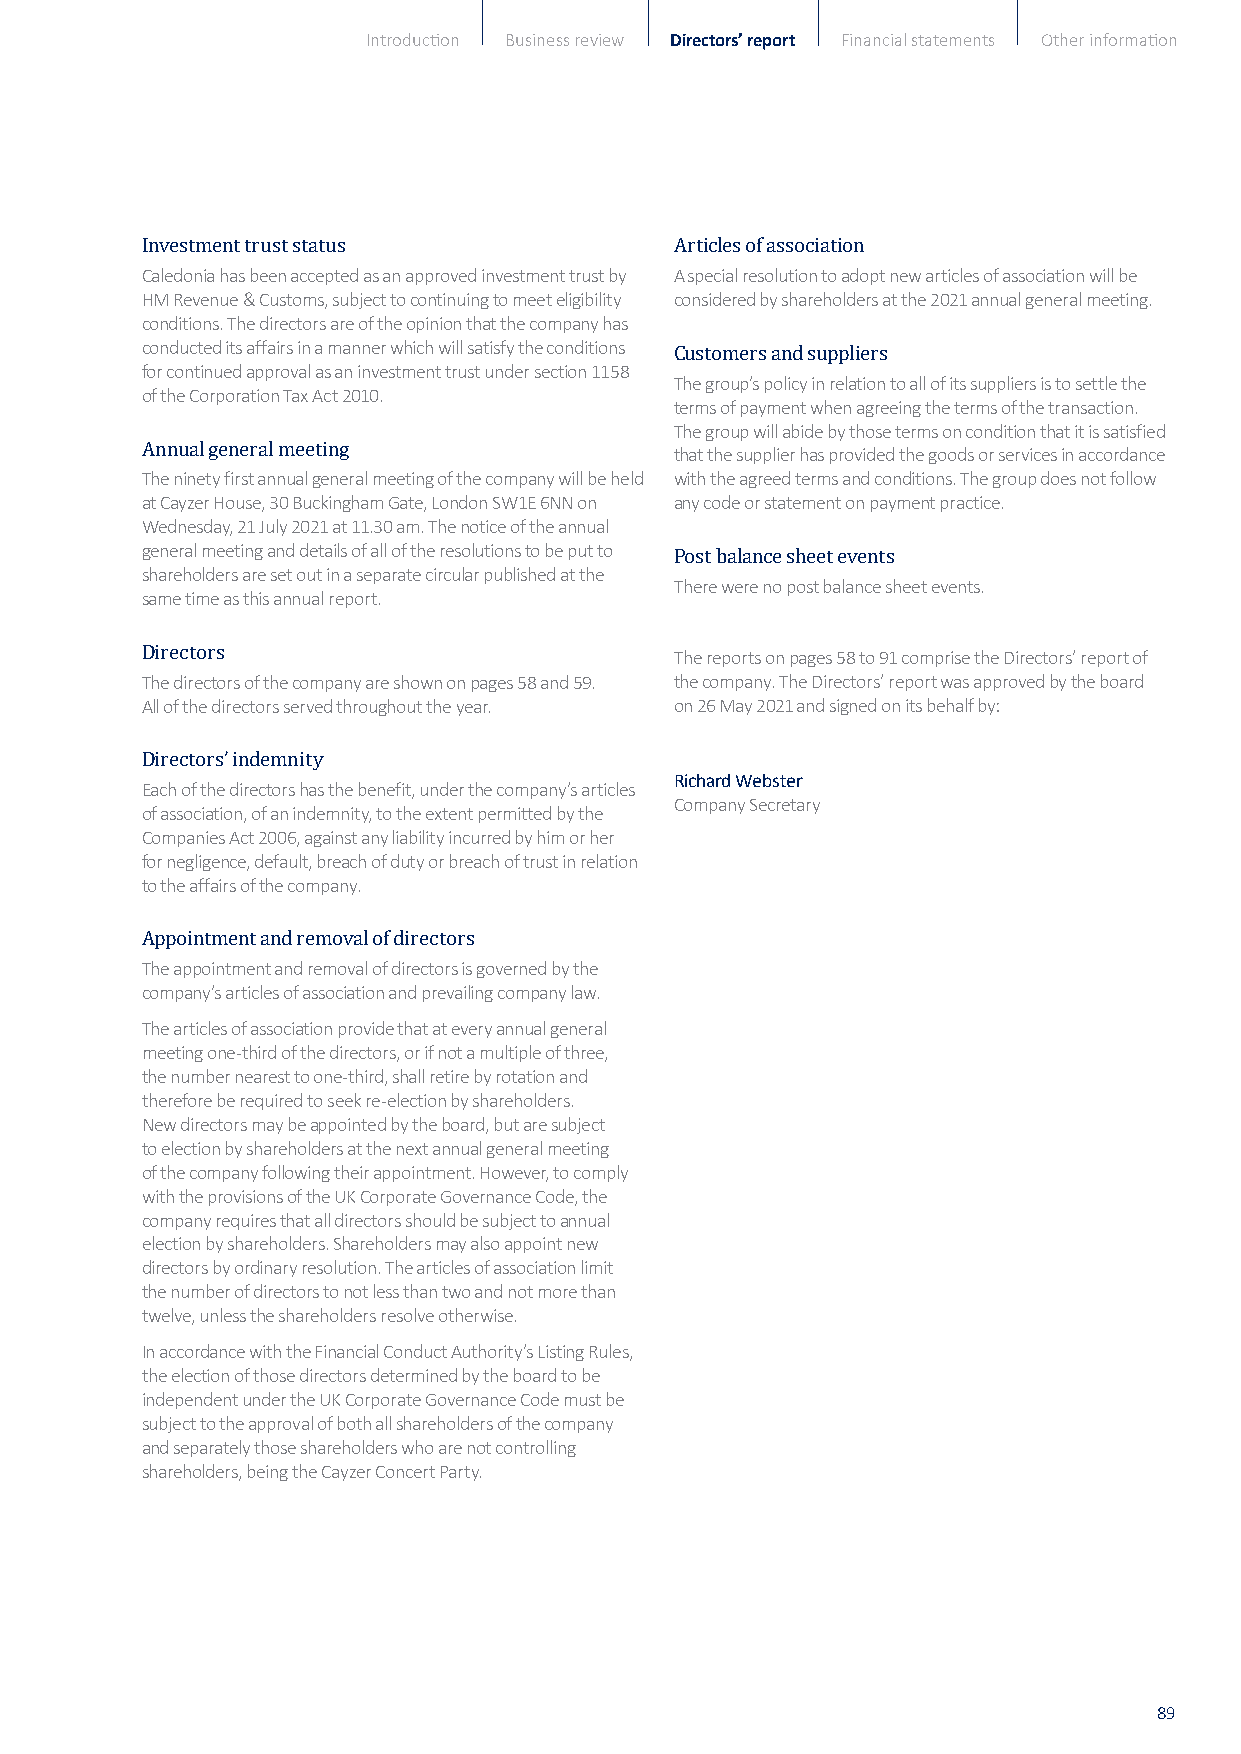
Introduction Business review Directors’ report Financial statements Other information
 Caledonia has been accepted as an approved investment trust by A special resolution to adopt new articles of association will be
 Investment trust status             Articles of association
 HM Revenue & Customs, subject to continuing to meet eligibilit y considered by shareholders at the 2021 annual general meeting.
 conditions. The directors are of the opinion that the company has
 conducted its affairs in a manner which will satisfy the conditions
 for continued approval as an investment trust under section 1158
 The group’s policy in relation to all of its suppliers is to settle the
 of the Corporation Tax Act 2010.    Customers and suppliers
 terms of payment when agreeing the terms of the transaction.
 The group will abide by those terms on condition that it is satisfied
 that the supplier has provided the goods or services in accordance
 The ninety first annual general meeting of the company will be held with the agreed terms and conditions. The group does not follow
 Annual general meeting
 at Cayzer House, 30 Buckingham Gate, London SW1E 6NN on any code or statement on payment practice.
 Wednesday, 21 July 2021 at 11.30 am. The notice of the annual
 general meeting and details of all of the resolutions to be put to
 shareholders are set out in a separate circular published at the
 There were no post balance sheet events.
 same time as this annual report.    Post balance sheet events
 The reports on pages 58 to 91 comprise the Directors’ report o f
 The directors of the company are shown on pages 58 and 59. the company. The Directors’ report was approved by the boar d
 Directors
 All of the directors served throughout the year. on 26 May 2021 and signed on its behalf by:
 Richard Webster
 Each of the directors has the benefit, under the company’s articles
 Directors’ indemnity                Company Secretary
 of association, of an indemnity, to the extent permitted by the
 Companies Act 2006, against any liability incurred by him or her
 for negligence, default, breach of duty or breach of trust in relation
 to the affairs of the company.
 The appointment and removal of directors is governed by the
 Appointment and removal of directors
 company’s articles of association and prevailing company law.
 The articles of association provide that at every annual general
 meeting one-third of the directors, or if not a multiple of three,
 the number nearest to one-third, shall retire by rotation and
 therefore be required to seek re-election by shareholders.
 New directors may be appointed by the board, but are subjec t
 to election by shareholders at the next annual general meeting
 of the company following their appointment. However, to comply
 with the provisions of the UK Corporate Governance Code, th e
 company requires that all directors should be subject to annual
 election by shareholders. Shareholders may also appoint new
 directors by ordinary resolution. The articles of association limit
 the number of directors to not less than two and not more than
 twelve, unless the shareholders resolve otherwise.
 In accordance with the Financial Conduct Authority’s Listing Rules,
 the election of those directors determined by the board to be
 independent under the UK Corporate Governance Code must be
 subject to the approval of both all shareholders of the company
 and separately those shareholders who are not controlling
 shareholders, being the Cayzer Concert Party.
 89